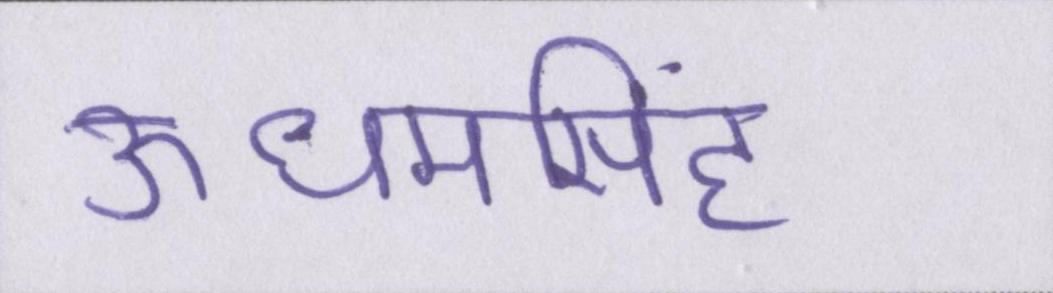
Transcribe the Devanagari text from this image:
ऊधमसिंह